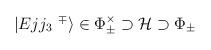
LaTeX: \begin{align*}|Ejj_3\,\,^\mp\rangle\in\Phi^\times_\pm\supset{\mathcal H}\supset\Phi_\pm\end{align*}